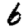
Digit: 6